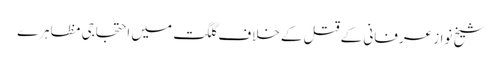
شیخ نواز عرفانی کے قتل کے خلاف گلگت میں احتجاجی مظاہرے